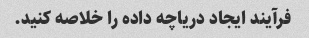
فرآیند ایجاد دریاچه داده را خلاصه کنید.